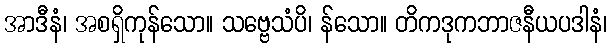
အာဒီနံ၊ အစရှိကုန်သော။ သဗ္ဗေသံပိ၊ န်သော။ တိကဒုကဘာဇနီယပဒါနံ၊